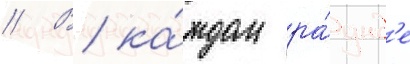
// В ка́ждом ра́унд'е